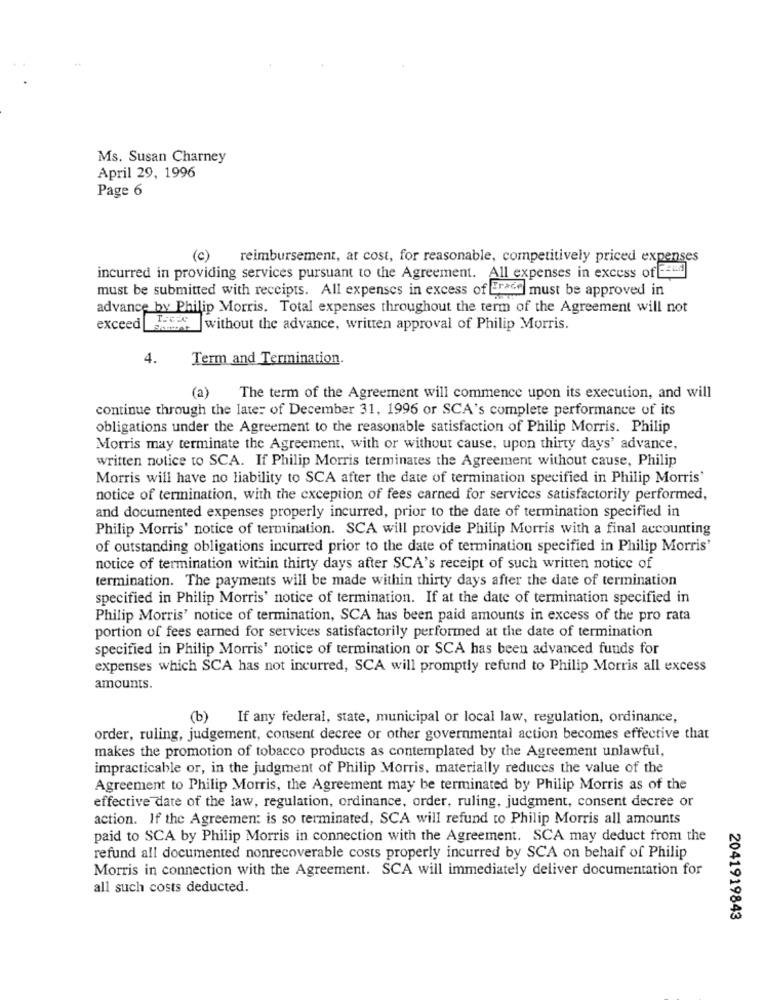
Ms. Susan Charney
April 29, 1996
Page 6
(c)
reimbursement, at cost, for reasonable, competitively priced expenses
incurred in providing services pursuant to the Agreement. All expenses in excess of aid
Erace must be approved in
must be submitted with receipts. All expenses in excess of Erece
advance by Philip Morris. Total expenses throughout the term of the Agreement will not
exceed
without the advance, written approval of Philip Morris.
4.
Term and Termination.
(a)
The term of the Agreement will commence upon its execution, and will
continue through the late: of December 31, 1996 or SCA's complete performance of its
obligations under the Agreement to the reasonable satisfaction of Philip Morris. Philip
Morris may terminate the Agreement, with or without cause, upon thirty days' advance,
written notice to SCA. If Philip Morris terminates the Agreement without cause, Philip
Morris will have no liability to SCA after the date of termination specified in Philip Morris'
notice of termination, with the exception of fees carned for services satisfactorily performed,
and documented expenses properly incurred, prior to the date of termination specified in
Philip Morris' notice of termination. SCA will provide Philip Morris with a final accounting
of outstanding obligations incurred prior to the date of termination specified in Philip Morris'
notice of termination within thirty days after SCA's receipt of such written notice of
termination. The payments will be made within thirty days after the date of termination
specified in Philip Morris' notice of termination. If at the date of termination specified in
Philip Morris' notice of termination, SCA has been paid amounts in excess of the pro rata
portion of fees earned for services satisfactorily performed at the date of termination
specified in Philip Morris' notice of termination or SCA has been advanced funds for
expenses which SCA has not incurred, SCA will promptly refund to Philip Morris all excess
amounts.
(b) If any federal, state, municipal or local law, regulation, ordinance,
order, ruling, judgement, consent decree or other governmental action becomes effective that
makes the promotion of tobacco products as contemplated by the Agreement unlawful,
impracticable or, in the judgment of Philip Morris, materially reduces the value of the
Agreement to Philip Morris, the Agreement may be terminated by Philip Morris as of the
effective date of the law, regulation, ordinance, order, ruling, judgment, consent decree or
action. If the Agreement is so terminated, SCA will refund to Philip Morris all amounts
paid to SCA by Philip Morris in connection with the Agreement. SCA may deduct from the
refund all documented nonrecoverable costs properly incurred by SCA on behalf of Philip
Morris in connection with the Agreement. SCA will immediately deliver documentation for
all such costs deducted.
2041919843